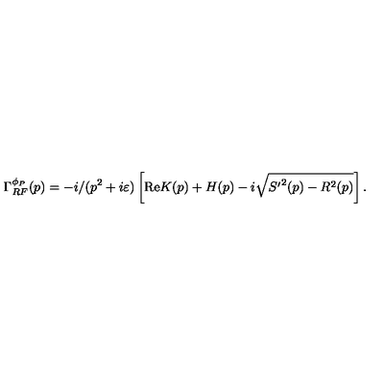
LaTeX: \Gamma _ { R F } ^ { \phi _ { P } } ( p ) = - i / ( p ^ { 2 } + i \varepsilon ) \left[ \mathrm { R e } K ( p ) + H ( p ) - i \sqrt { { S ^ { \prime } } ^ { 2 } ( p ) - R ^ { 2 } ( p ) } \right] .